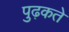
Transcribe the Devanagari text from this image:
पुढ़कते